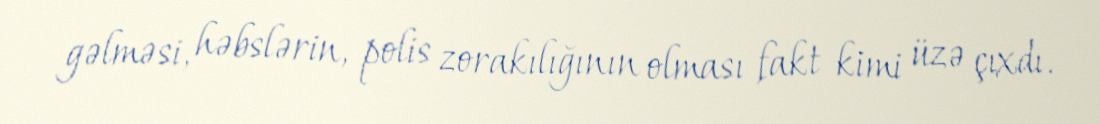
gəlməsi, həbslərin, polis zorakılığının olması fakt kimi üzə çıxdı.